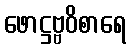
ဖောဋ္ဌဗ္ဗဝိစာရေ